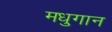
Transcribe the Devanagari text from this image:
मधुगान